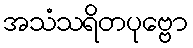
အသံသရိတပုဗ္ဗော